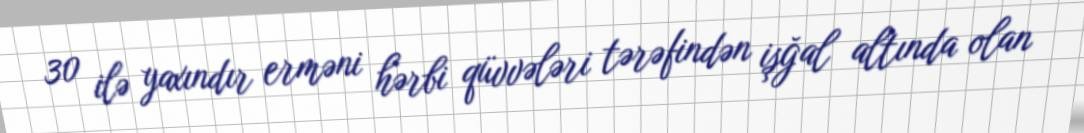
30 ilə yaxındır erməni hərbi qüvvələri tərəfindən işğal altında olan